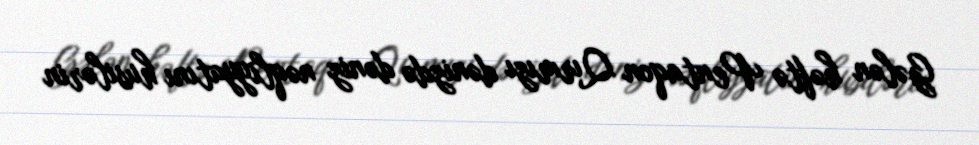
Gələn həftə Pentaqon Qırmızı dənizdə dəniz nəqliyyatını husilərin